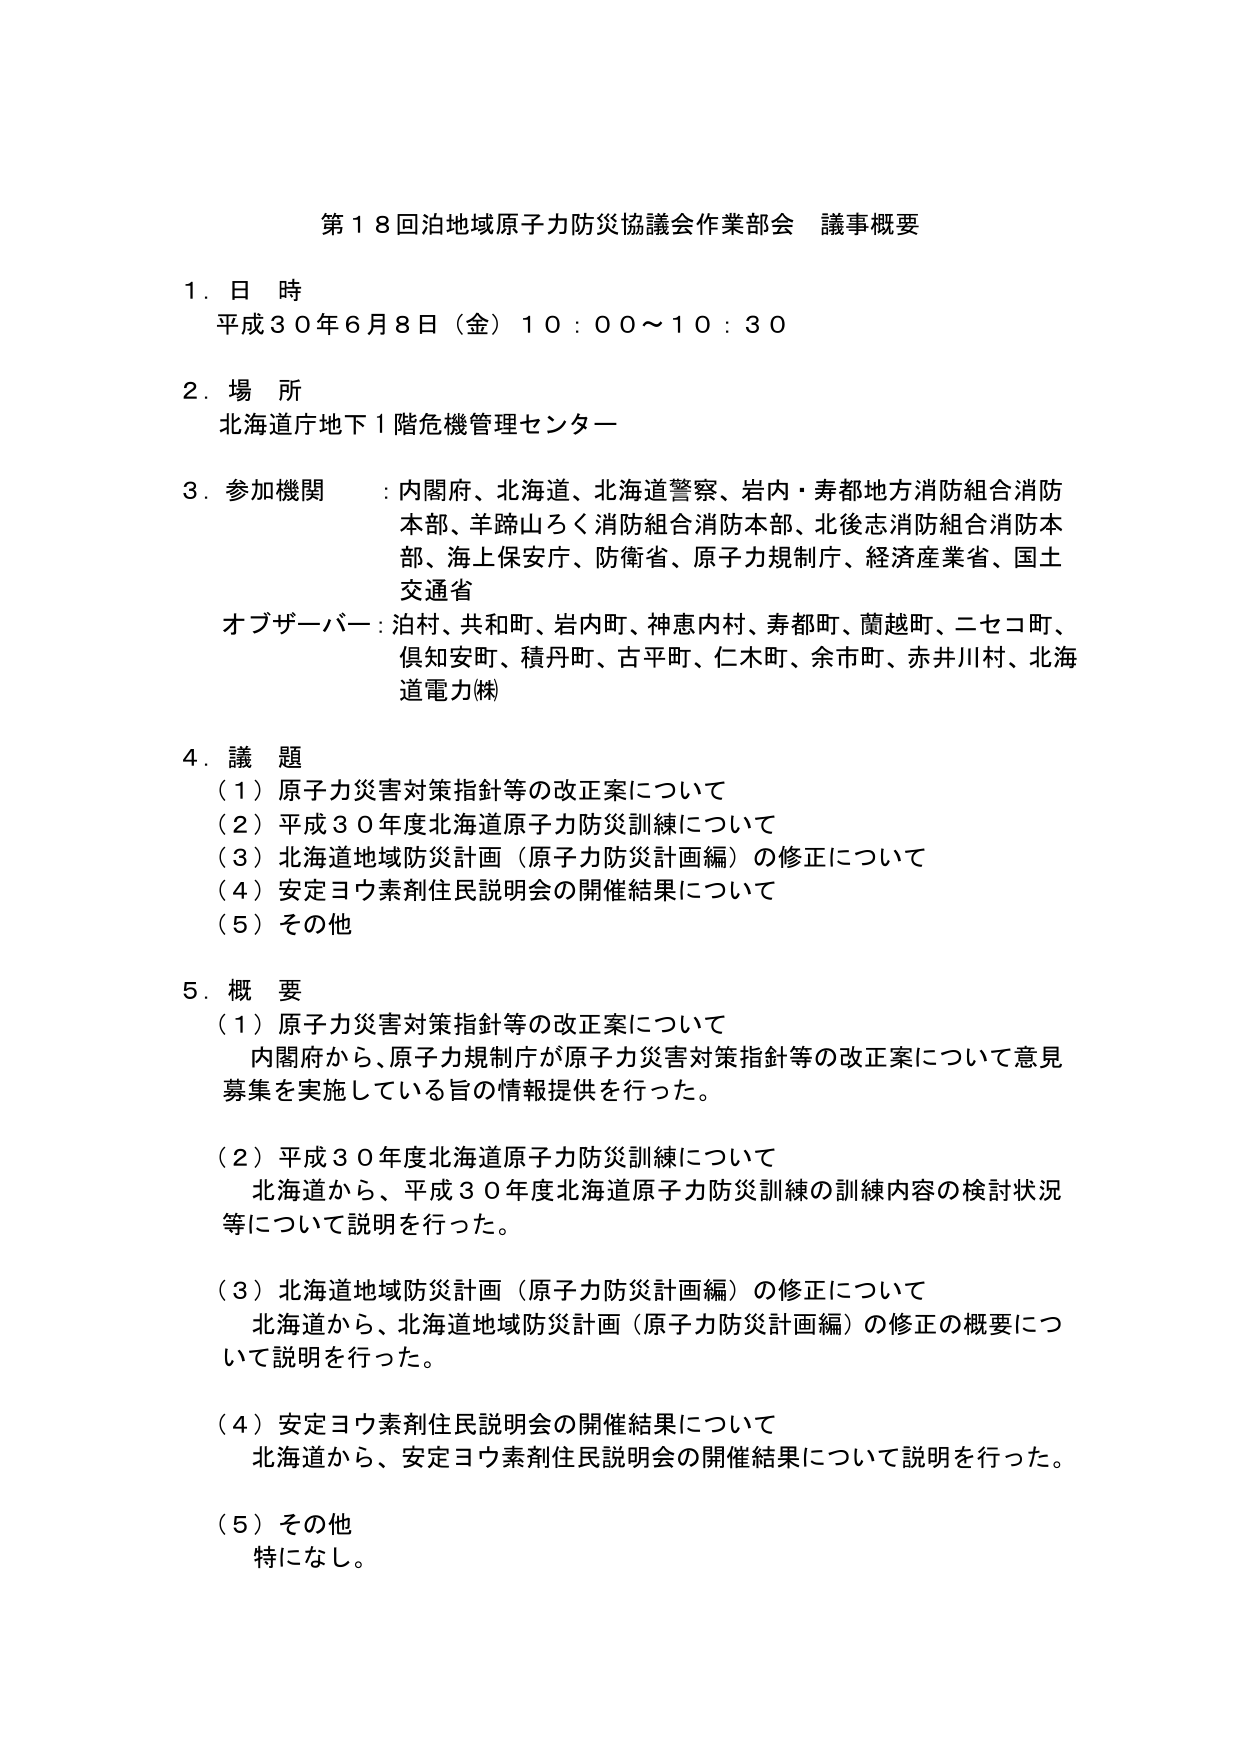
第１８回泊地域原子力防災協議会作業部会 議事概要

１．日 時
平成３０年６月８日（金）１０：００～１０：３０

２．場 所
北海道庁地下１階危機管理センター

３．参加機関：内閣府、北海道、北海道警察、岩内・寿都地方消防組合消防本部、羊蹄山ろく消防組合消防本部、北後志消防組合消防本部、海上保安庁、防衛省、原子力規制庁、経済産業省、国土交通省
オブザーバー：泊村、共和町、岩内町、神恵内村、寿都町、蘭越町、ニセコ町、倶知安町、積丹町、古平町、仁木町、余市町、赤井川村、北海道電力㈱

４．議 題
（１）原子力災害対策指針等の改正案について
（２）平成３０年度北海道原子力防災訓練について
（３）北海道地域防災計画（原子力防災計画編）の修正について
（４）安定ヨウ素剤住民説明会の開催結果について
（５）その他

５．概 要
（１）原子力災害対策指針等の改正案について
　内閣府から、原子力規制庁が原子力災害対策指針等の改正案について意見募集を実施している旨の情報提供を行った。

（２）平成３０年度北海道原子力防災訓練について
　北海道から、平成３０年度北海道原子力防災訓練の訓練内容の検討状況等について説明を行った。

（３）北海道地域防災計画（原子力防災計画編）の修正について
　北海道から、北海道地域防災計画（原子力防災計画編）の修正の概要について説明を行った。

（４）安定ヨウ素剤住民説明会の開催結果について
　北海道から、安定ヨウ素剤住民説明会の開催結果について説明を行った。

（５）その他
　特になし。